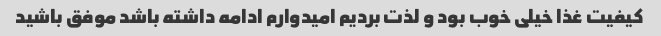
کیفیت غذا خیلی خوب بود و لذت بردیم امیدوارم ادامه داشته باشد موفق باشید